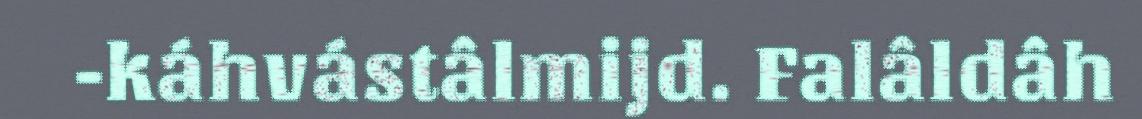
-káhvástâlmijd. Falâldâh